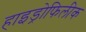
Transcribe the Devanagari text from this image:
हाइड्रोफिलीक